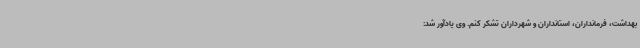
بهداشت، فرمانداران، استانداران و شهرداران تشکر کنم. وی یادآور شد: